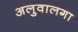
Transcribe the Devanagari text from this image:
अलुवालगा